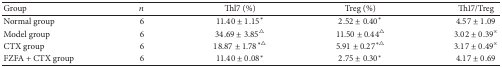
<table><thead><tr><td><b>Group</b></td><td><b><i>n</i></b></td><td><b>Thl7 (%)</b></td><td><b>Treg (%)</b></td><td><b>Th17/Treg</b></td></tr></thead><tbody><tr><td>Normal group</td><td>6</td><td>11.40 ± 1.15*</td><td>2.52 ± 0.40*</td><td>4.57 ± 1.09</td></tr><tr><td>Model group</td><td>6</td><td>34.69 ± 3.85<sup>△</sup></td><td>11.50 ± 0.44<sup>△</sup></td><td>3.02 ± 0.39<sup><i>※</i></sup></td></tr><tr><td>CTX group</td><td>6</td><td>18.87 ± 1.78<sup>∗△</sup></td><td>5.91 ± 0.27<sup>∗△</sup></td><td>3.17 ± 0.49<sup><i>※</i></sup></td></tr><tr><td>FZFA + CTX group</td><td>6</td><td>11.40 ± 0.08*</td><td>2.75 ± 0.30*</td><td>4.17 ± 0.69</td></tr></tbody></table>